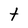
Character: t